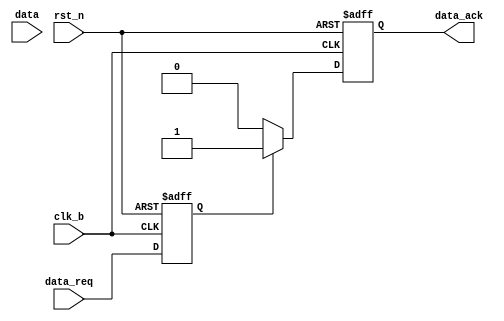
module data_receiver (
	input clk_b,  
	input rst_n,  
	input [3:0] data,
	input data_req ,

	output reg data_ack
);
	reg [3 : 0] data_in_reg ;
	reg data_req_dly1 ;
	reg data_req_dly2 ;

	always @(posedge clk_b or negedge rst_n) begin
		if (rst_n == 1'b0) begin
			data_req_dly1 <= '0 ;
			data_req_dly2 <= '0 ;
		end
		else begin
			data_req_dly1 <= data_req ;
			data_req_dly2 <= data_req_dly1 ;
		end
	end

	always @(posedge clk_b or negedge rst_n) begin
		if (rst_n == 1'b0) begin
			data_ack <= 1'b0 ;
		end
		else if (data_req_dly1) begin
			data_ack <= 1'b1 ;
		end else begin
			data_ack <= 1'b0 ;
		end
	end

	always @(posedge clk_b or negedge rst_n) begin
		if (rst_n == 1'b0) begin
			data_in_reg <= '0 ;
		end
		else if (data_req_dly1 && ~data_req_dly2) begin
			data_in_reg <= data ;
		end else begin
			data_in_reg <= data_in_reg ;
		end
	end

endmodule